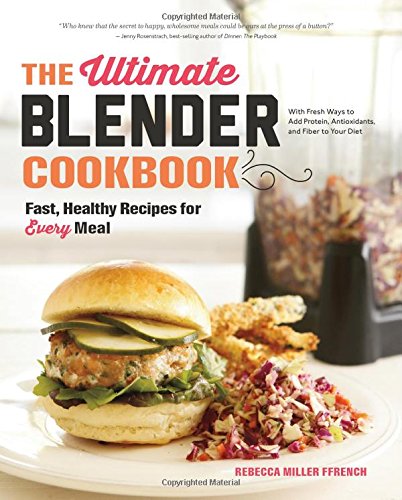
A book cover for The Ultimate Blender Cookbook: Fast, Healthy Recipes for Every Meal; Rebecca Ffrench; Cookbooks, Food & Wine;